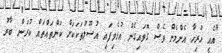
"އެއީ ހުރިހާ އެންމެން ވެސް ގޮވައިގެން އުޅެވިފައި އުސޫލުތަކަކަށް ކަންތައްތައް ކުރަން ބާރު